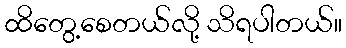
ထိတွေ့စေတယ်လို့ သိရပါတယ်။